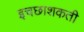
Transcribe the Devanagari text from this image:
इचछाशकती